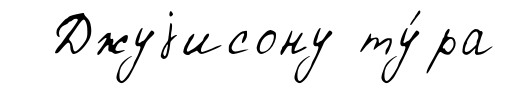
Джуjисону ту́ра